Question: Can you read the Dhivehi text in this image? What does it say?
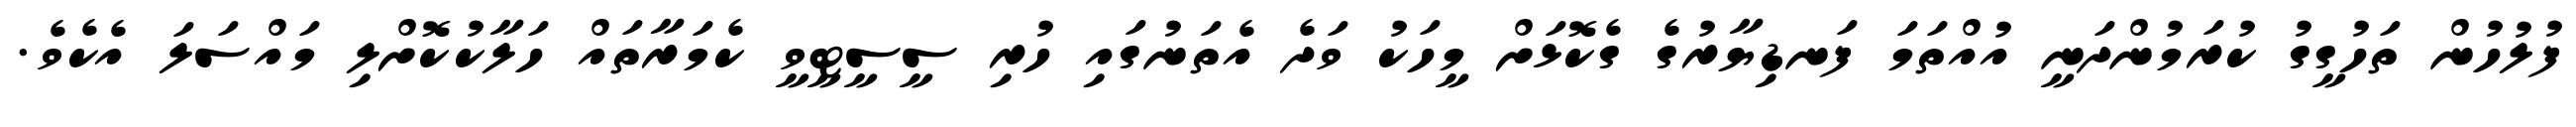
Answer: ފުލުހުން ތަހުގީގު ކުރަމުންދަނީ އުއްތަމަ ފަނޑިޔާރުގެ ގެކޮޅަށް މީހަކު ވަދެ އެތަނުގައި ހުރި ސީސީޓީވީ ކެމަރާތައް ހަލާކުކޮށްލި މައްސަލަ އެކެވެ.